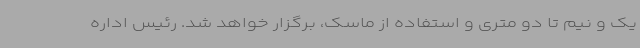
یک و نیم تا دو متری و استفاده از ماسک، برگزار خواهد شد. رئیس اداره